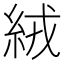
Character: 絨